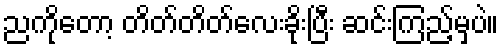
ညကိုတော့ တိတ်တိတ်လေးခိုးပြီး ဆင်းကြည့်မှပဲ။